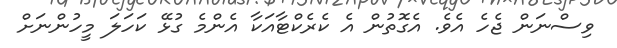
ވިސްނަން ޖެހެ އެވެ. އެގޮތުން އެ ކެރެކްޓާއަކާ އެންމެ ގުޅޭ ކަހަލަ މީހުންނަށް